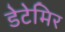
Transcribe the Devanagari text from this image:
डेटेमिर